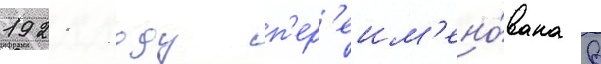
1921 году п'ер'еим'ено́вана в